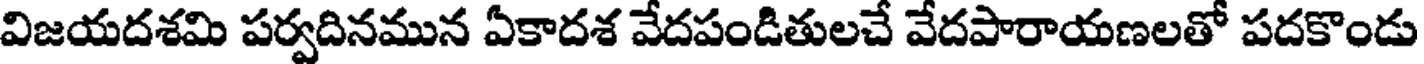
విజయదశమి పర్వదినమున ఏకాదశ వేదపండితులచే వేదపారాయణలతో పదకొండు